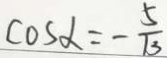
\cos \alpha = - \frac { 5 } { 1 3 }